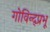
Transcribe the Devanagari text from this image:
गोविन्द्प्रभू